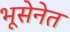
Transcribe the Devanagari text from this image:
भूसेनेत